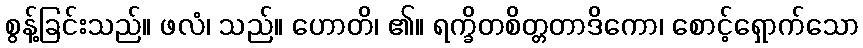
စွန့်ခြင်းသည်။ ဖလံ၊ သည်။ ဟောတိ၊ ၏။ ရက္ခိတစိတ္တတာဒိကော၊ စောင့်ရှောက်သော